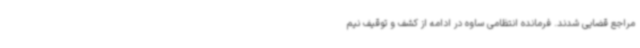
مراجع قضایی شدند. فرمانده انتظامی ساوه در ادامه از کشف و توقیف نیم